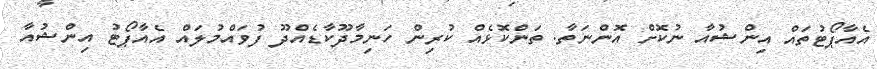
އެއާޕޯޓުތައް އިންޝުއާ ނުކޮށް އޮންނަތާ. ތަންކޮޅެއް ކުރިން ހަނިމާދޫކާޑެއްދޫ ފުވައްމުލައް އެއާޕޯޓު އިންޝުއާ